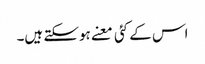
اس کے کئی معنے ہوسکتے ہیں۔